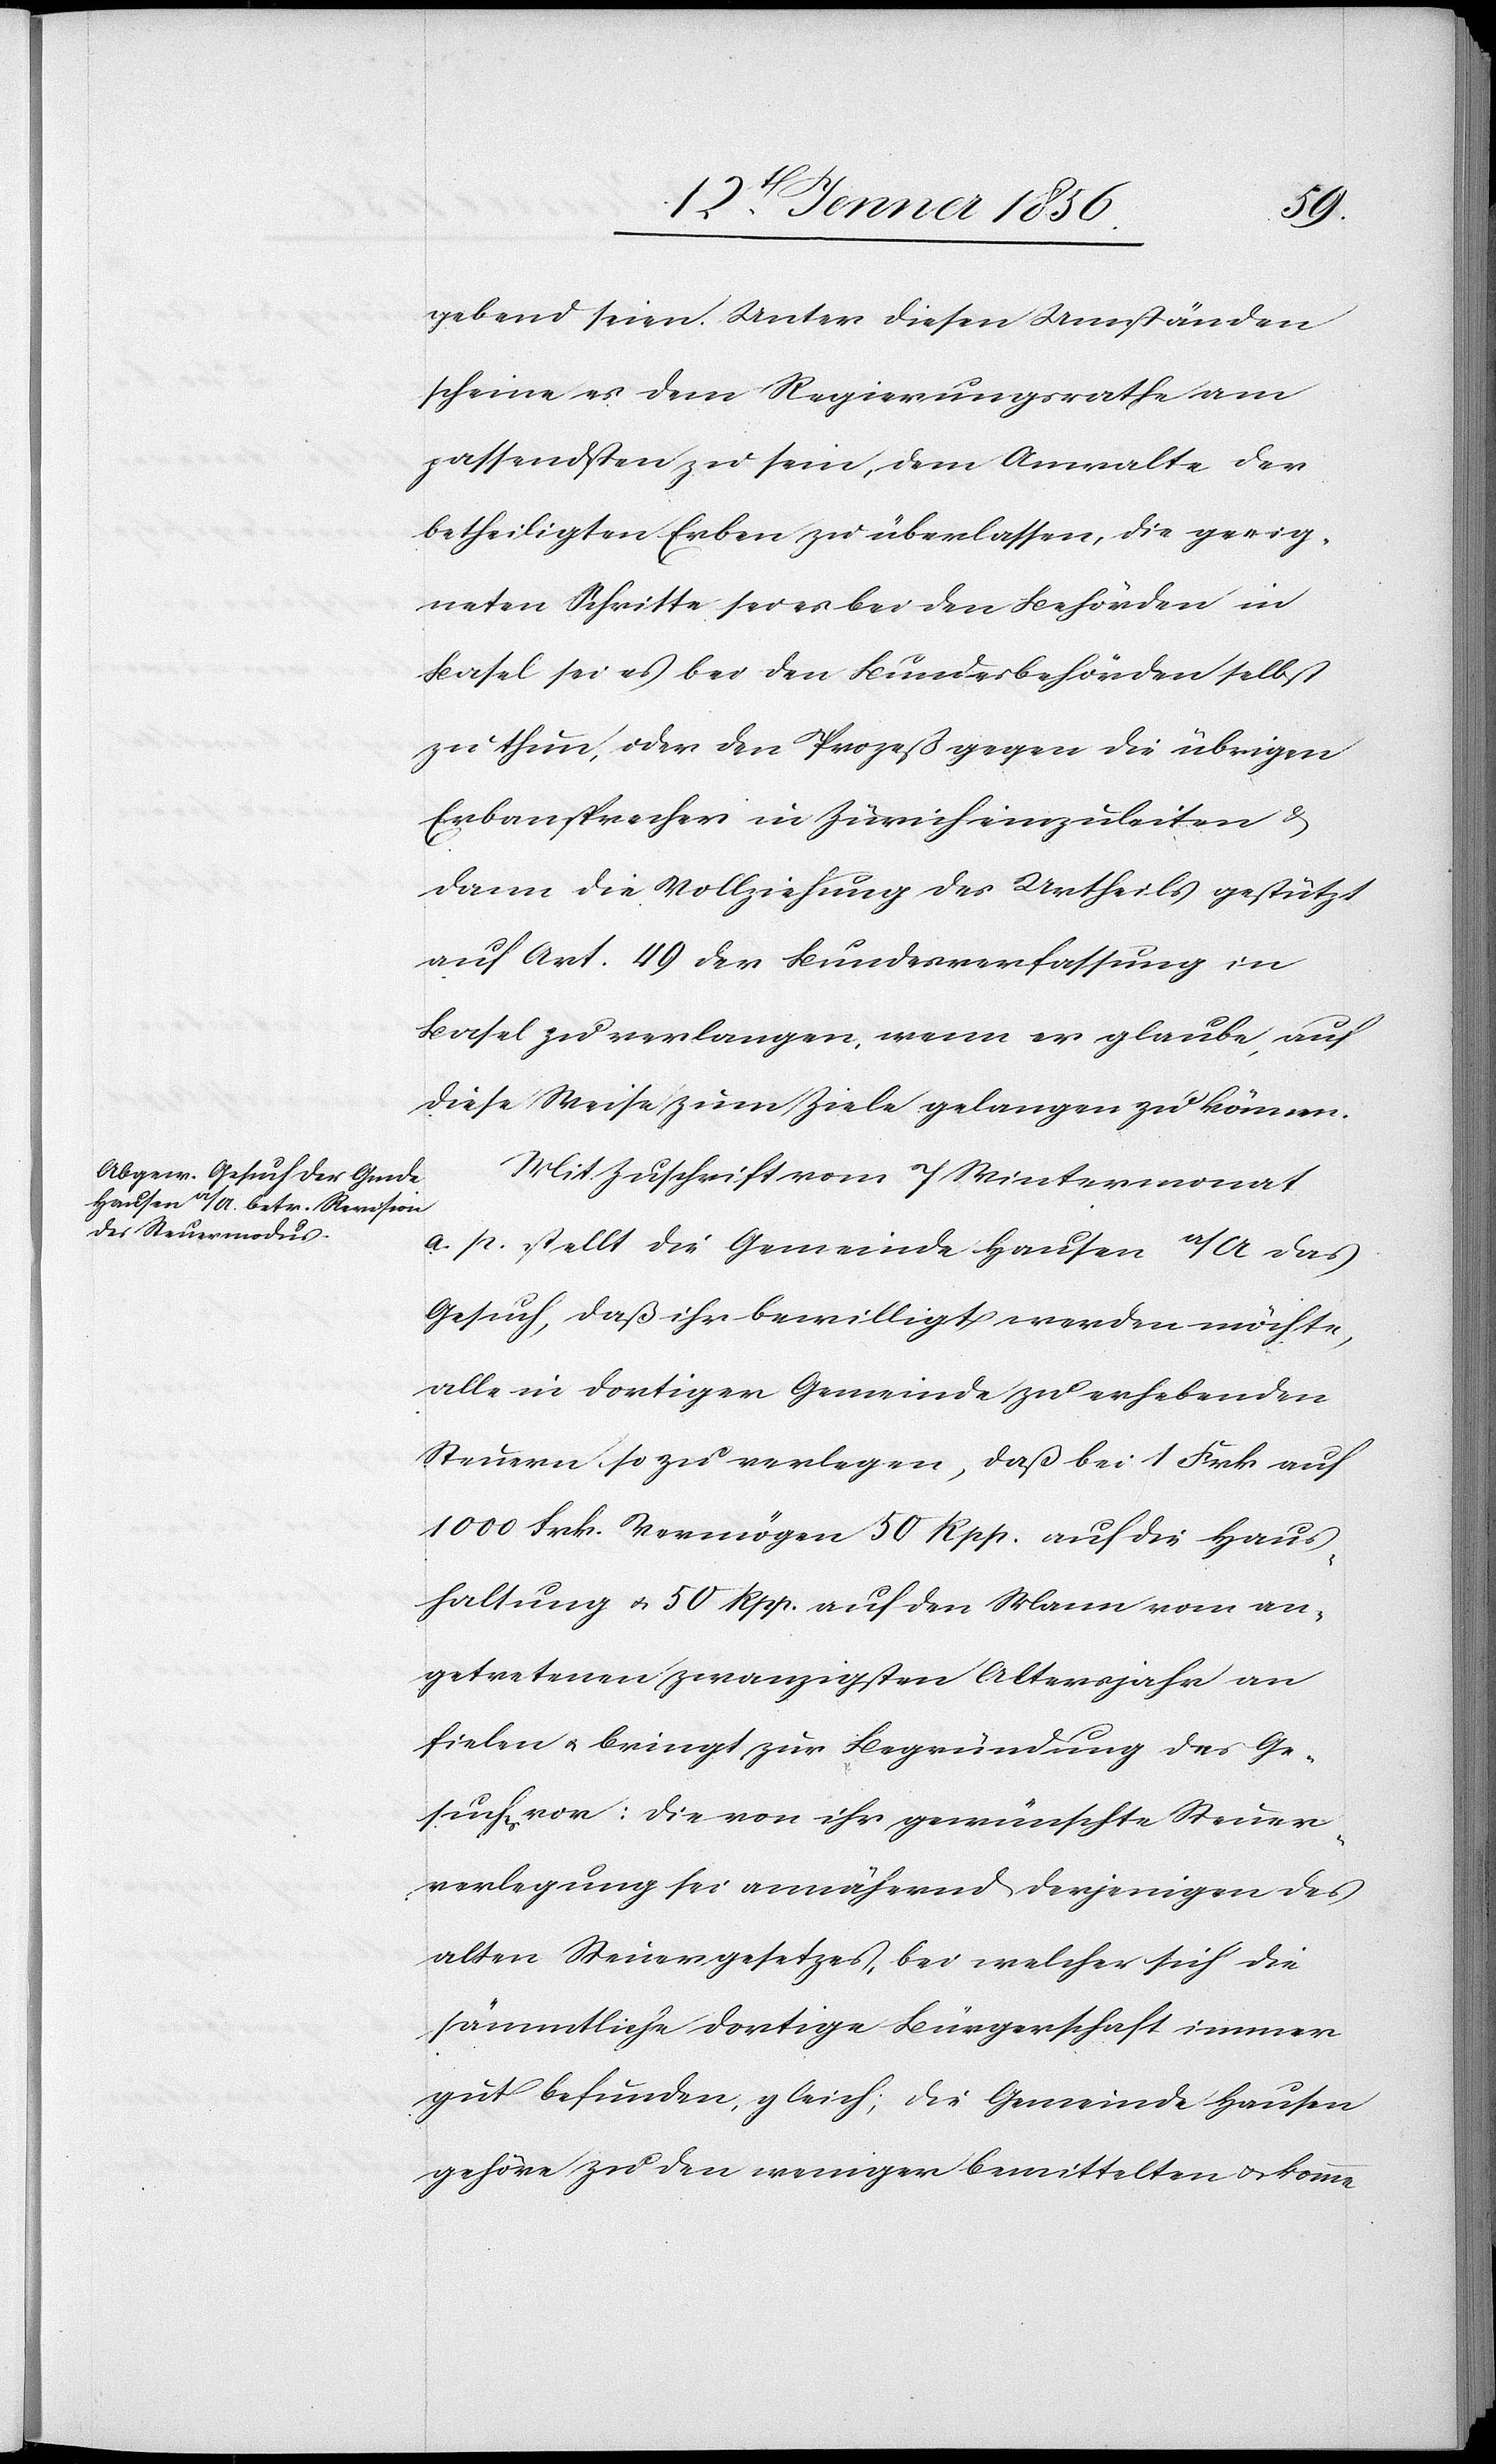
gebend seien. Unter diesen Umständen
scheine es dem Regierungsrathe am
passendsten zu sein, dem Anwalte der
betheiligten Erben zu überlassen, die geeig¬
neten Schritte sei es bei den Behörden in
Basel sei es bei den Bundesbehörden selbst
zu thun, oder den Prozeß gegen die übrigen
Erbansprecher in Zürich einzuleiten &
dann die Vollziehung des Urtheils gestützt
auf Art. 49 der Bundesverfassung in
Basel zu verlangen, wenn er glaube, auf
diese Weise zum Zeile gelangen zu können.
Mit Zuschrift vom 7 Wintermonat
a. p. stellt die Gemeinde Hausen a/A. das
Gesuch, daß ihr bewilligt werden möchte,
alle in dortiger Gemeinde zu erhebenden
Steuern so zu verlegen, daß bei 1 Frk auf
1000 Frk. Vermögen 50 Rpp. auf die Haus¬
haltung u. 50 Rpp. auf den Mann vom an¬
getretenen zwanzigsten Altersjahr an
fielen u. bringt zur Begründung des Ge¬
suches vor: Die von ihr gewünschte Steuer¬
verlegung sei annährend derjenigen des
alten Steuergesetzes, bei welcher sich die
sämmtliche dortige Bürgerschaft immer
gut befunden, gleich; die Gemeinde Hausen
gehöre zu den wenigen bemittelten u. komme